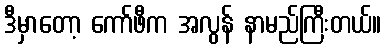
ဒီမှာတော့ ကော်ဖီက အလွန် နာမည်ကြီးတယ်။